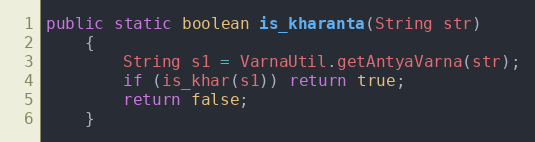
Language: Java
public static boolean is_kharanta(String str)
    {
        String s1 = VarnaUtil.getAntyaVarna(str);
        if (is_khar(s1)) return true;
        return false;
    }